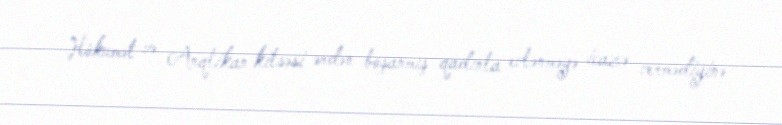
Hökumət və Anqlikan kilsəsi ərdən boşanmış qadınla evlənməyə icazə vermədiyinə